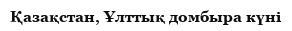
Қазақстан, Ұлттық домбыра күні